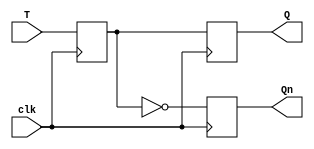
module T_FF (
    input T, // T input signal
    input clk, // clock signal
    output reg Q, // Q output signal
    output reg Qn // Qn output signal
);

reg D;

always @(posedge clk) begin
    D <= T;
    Q <= D;
    Qn <= ~D;
end

endmodule